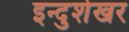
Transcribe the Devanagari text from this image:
इन्दुशेखर